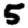
Digit: 5